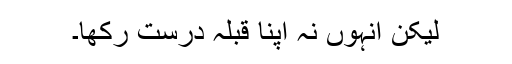
لیکن انہوں نہ اپنا قبلہ درست رکھا۔